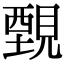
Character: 䚈